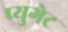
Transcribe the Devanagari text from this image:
प्युगेट